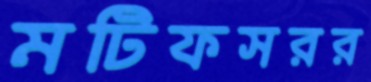
মটিফসরর